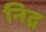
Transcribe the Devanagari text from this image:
निद्र